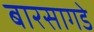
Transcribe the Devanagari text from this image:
बारसागडे